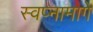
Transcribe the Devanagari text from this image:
स्वप्नामागे